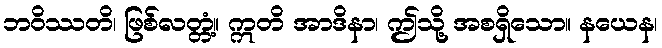
ဘဝိဿတိ၊ ဖြစ်လတ္တံ့။ ဣတိ အာဒိနာ၊ ဤသို့ အစရှိသော။ နယေန၊